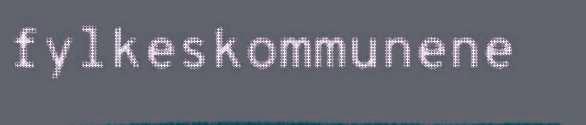
fylkeskommunene